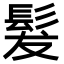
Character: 髮